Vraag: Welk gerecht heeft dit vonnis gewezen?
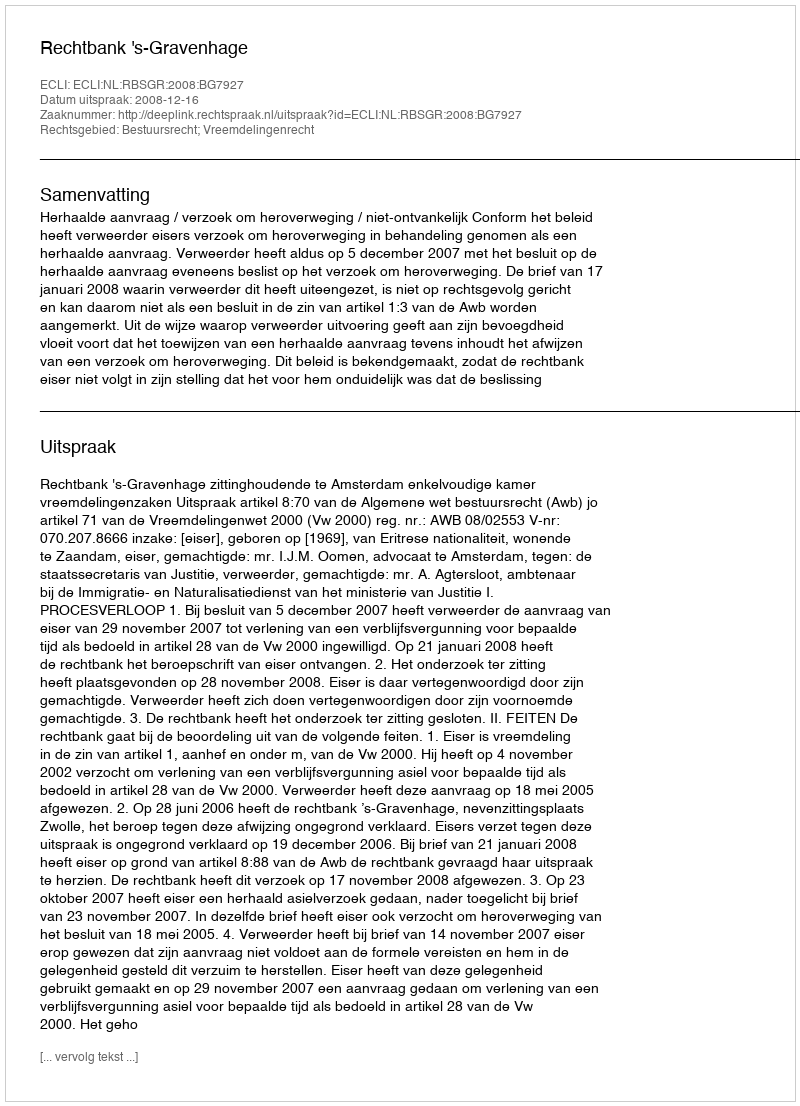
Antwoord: Rechtbank 's-Gravenhage